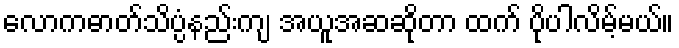
လောကဓာတ်သိပ္ပံနည်းကျ အယူအဆဆိုတာ ထက် ပိုပါလိမ့်မယ်။